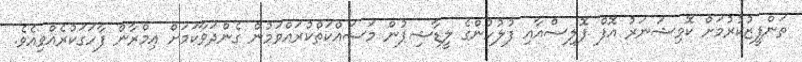
ތަންފީޒުކުރުމަށް ކޮމިޝަނަރު އޮފް ޕޮލިސްއާއި ފުލުހުންގެ ލީޑާޝިޕުން މަސައްކަތްކުރައްވަމުން ގެންދަވާކަމަށް އިމްރާން ފާހަގަކުރެއްވިއެވެ.